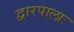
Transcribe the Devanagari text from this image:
द्वारपालाः